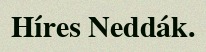
Híres Neddák.